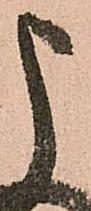
申